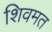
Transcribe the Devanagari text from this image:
शिवमत